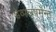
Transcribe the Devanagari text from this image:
डेव्पलपमेंन्ट